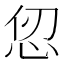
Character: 𪫫